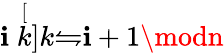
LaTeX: \mathbf{i}\stackrel[k]{k}{\leftrightharpoons}\mathbf{i}+1\modn